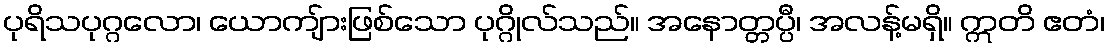
ပုရိသပုဂ္ဂလော၊ ယောကျ်ားဖြစ်သော ပုဂ္ဂိုလ်သည်။ အနောတ္တပ္ပီ၊ အလန့်မရှိ။ ဣတိ ဧတံ၊